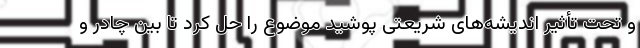
و تحت تأثیر اندیشه‌های شریعتی پوشید موضوع را حل کرد تا بین چادر و